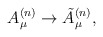
\begin{align*}A_{\mu}^{(n)}\rightarrow\tilde{A}_{\mu}^{(n)},\end{align*}